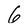
Character: 6